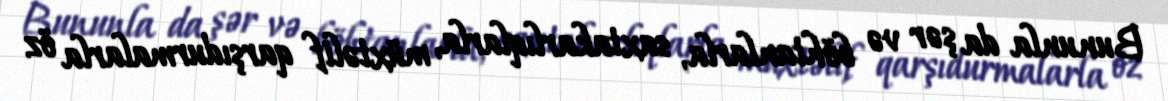
Bununla da şər və böhtanlarla, saxtakarlıqlarla, müxtəlif qarşıdurmalarla öz